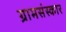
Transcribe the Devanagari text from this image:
ग्रामसंस्कार